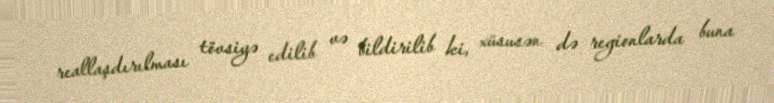
reallaşdırılması tövsiyə edilib və bildirilib ki, xüsusən də regionlarda buna